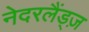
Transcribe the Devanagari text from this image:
नेदरलैंड्ज़